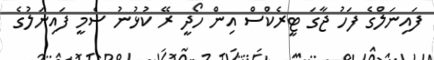
ފައިނަލްގެ ފަހު ޖާގަ ޓީރެކްސް އިން ހޯދީ ރޭ ކުޅުނު ސެމީ ފައިނަލުގެ